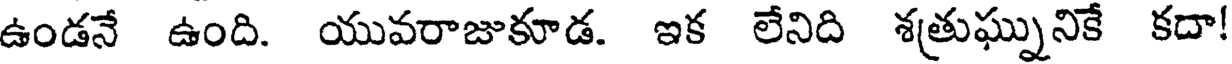
ఉండనే ఉంది. యువరాజుకూడ. ఇక లేనిది శత్రుఘ్నునికే కదా!